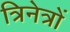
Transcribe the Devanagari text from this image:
त्रिनेत्रों